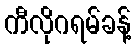
ကီလိုဂရမ်ခန့်